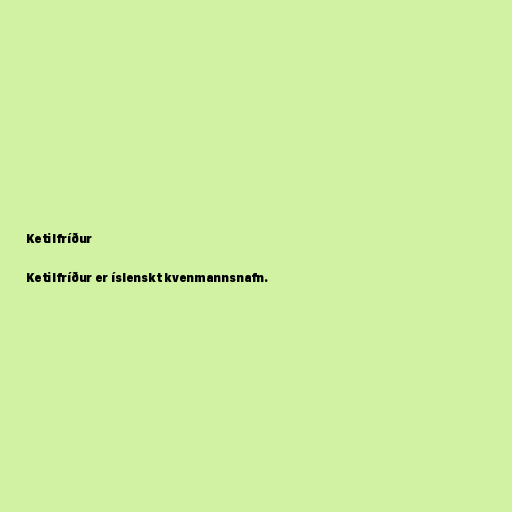
Ketilfríður

Ketilfríður er íslenskt kvenmannsnafn.